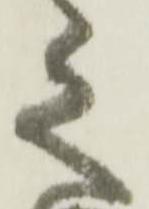
之